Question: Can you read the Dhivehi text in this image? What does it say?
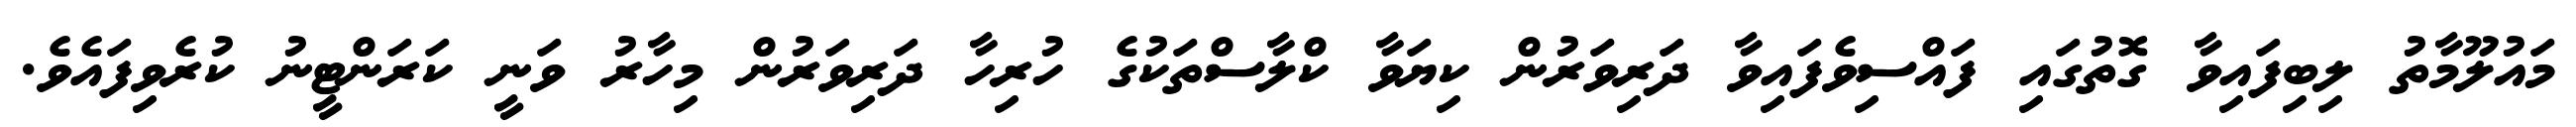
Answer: މައުލޫމާތު ލިބިފައިވާ ގޮތުގައި ފައްސިވެފައިވާ ދަރިވަރުން ކިޔަވާ ކްލާސްތަކުގެ ހުރިހާ ދަރިވަރުން މިހާރު ވަނީ ކަރަންޓީނު ކުރެވިފައެވެ.